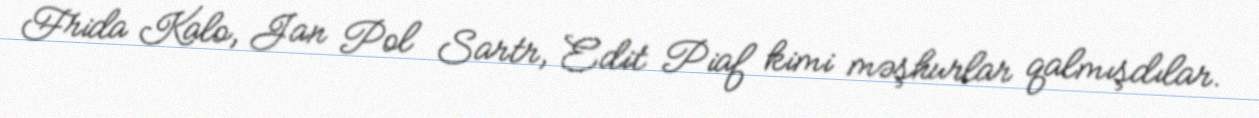
Frida Kalo, Jan Pol Sartr, Edit Piaf kimi məşhurlar qalmışdılar.